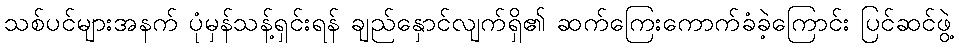
သစ်ပင်များအနက် ပုံမှန်သန့်ရှင်းရန် ချည်နှောင်လျက်ရှိ၏ ဆက်ကြေးကောက်ခံခဲ့ကြောင်း ပြင်ဆင်ဖွဲ့